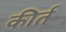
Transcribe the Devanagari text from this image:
कीर्त